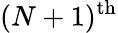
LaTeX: (N+1)^{\mathrm{th}}